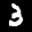
Label: 3